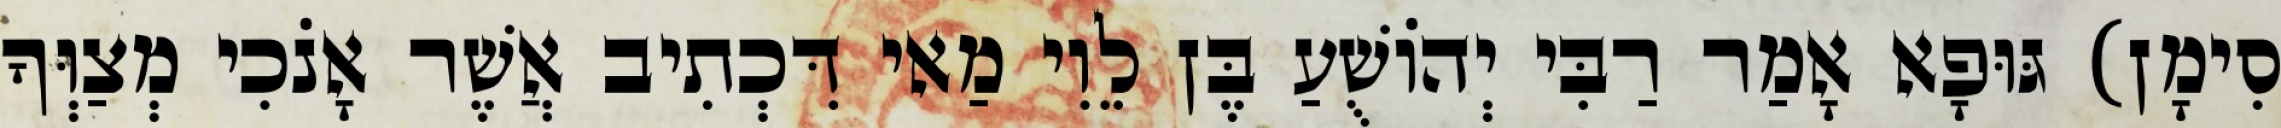
סִימָן) גּוּפָא אָמַר רַבִּי יְהוֹשֻׁעַ בֶּן לֵוִי מַאי דִּכְתִיב אֲשֶׁר אָנֹכִי מְצַוְּךָ